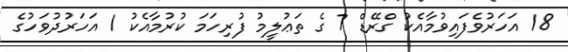
18 އަހަރުވެފައިވުމާއެކު ގްރޭޑް 7 ގެ ތަޢުލީމު ފުރިހަމަ ކުރުމާއެކު 1 އަހަރުދުވަހުގެ